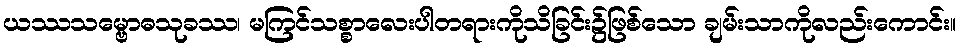
ယဿသမ္ဗောဓသုခဿ၊ မကြင်သစ္စာလေးပါတရားကိုသိခြင်း၌ဖြစ်သော ချမ်းသာကိုလည်းကောင်း။